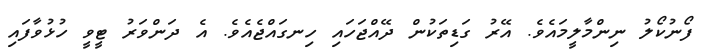
ފޯނުކޯލު ނިންމާލީމައެވެ. އޭރު ގަޑިތަކުން ދޭއްޖަހައި ހިނގައްޖެއެވެ. އެ ދަންވަރު ޓީވީ ހުޅުވާފައި